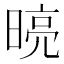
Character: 𭦾